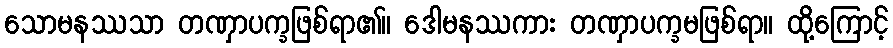
သောမနဿသာ တဏှာပက္ခဖြစ်ရာ၏။ ဒေါမနဿကား တဏှာပက္ခမဖြစ်ရာ။ ထို့ကြောင့်